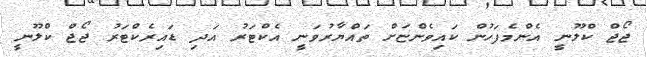
ޖޯޖް ކްލޫނީ އެންމެފަހުން ކައިވެންޏަށް ތައްޔާރުވަނީ އެކްޓަރު އަދި ޑައިރެކްޓަރު ޖޯޖް ކްލޫނީ